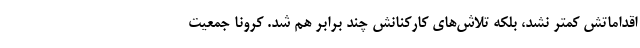
اقداماتش کمتر نشد، بلکه تلاش‌های کارکنانش چند برابر هم شد. کرونا جمعیت